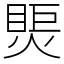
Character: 㷡